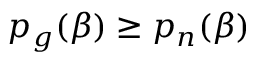
p _ { g } ( \beta ) \geq p _ { n } ( \beta )